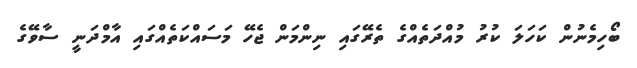
ބޯހިމެނުން ކަހަލަ ކުރު މުއްދަތެއްގެ ތެރޭގައި ނިންމަން ޖެހޭ މަސައްކަތެއްގައި އާމްދަނީ ސާވޭގެ